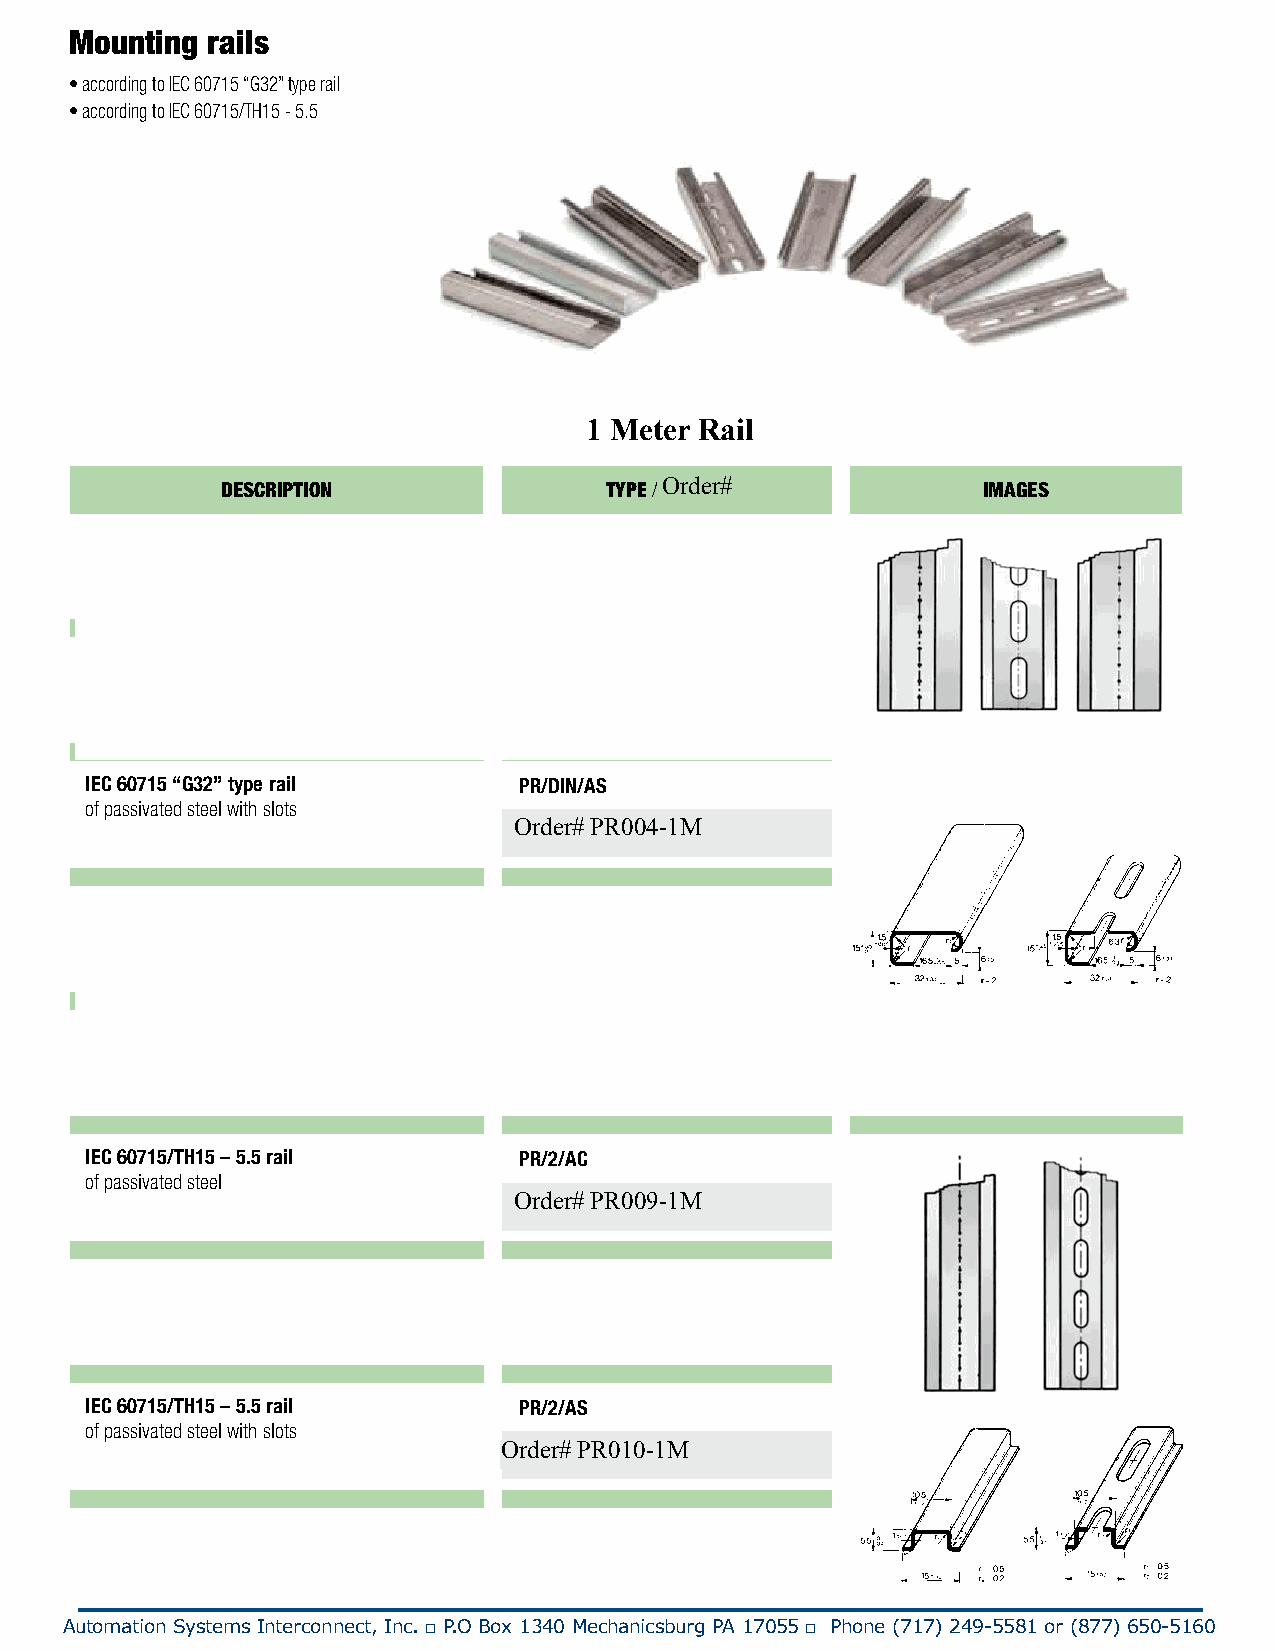
Mounting rails
 • according to IEC 60715 “G32” type rail
 • according to IEC 60715/TH15 - 5.5
 1 Meter Rail
 DESCRIPTION              TYPE / OCArTd. eNOr#.    IMAGES
 IEC 60715 “G32” type rail   PR/DIN/AC
 of passivated steel
 Cat. No. PR001
 IEC 60715 “G32” type rail   PR/DIN/AC/ZB
 of white zinc-plated steel
 “SENDZMIR” system           Cat. No. PR901
 IEC 60715 “G32” type rail   PR/DIN/AS
 of passivated steel with slots
 OCartd. eNro#. PPRR000404-1M
 IEC 60715 “G32” type rail   PR/DIN/AS/ZB
 of white zinc-plated steel
 “SENDZMIR” system with slots Cat. No. PR904
 IEC 60715 “G32” type rail   PR/DIN/AL
 of aluminium
 Cat. No. PR002
 IEC 60715/TH15 – 5.5 rail   PR/2/AC
 of passivated steel
 OCartd. eNro#. PPRR000909-1M
 IEC 60715/TH15 – 5.5 rail   PR/2/AC/ZB
 of white zinc-plated steel
 Order# PR006-1
 “SENDZMIR” system           Cat. No. PR909
 IEC 60715/TH15 – 5.5 rail   PR/2/AS
 of passivated steel with slots
 OrCdate. rN#o .P PRR001100-1M
 IEC 60715/TH15 – 5.5 rail   PR/2/AS/ZB
 of white zinc-plated steel
 “SENDZMIR” system with slots Cat. No. PR910
 www.asi-ez.com
 Automation Systems Interconnect, Inc. □ P.O Box 1340 Mechanicsburg PA 17055 □ Phone (717) 249-5581 or (877) 650-5160
 158